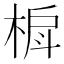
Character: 𬃐